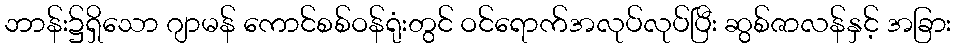
ဘာန်း၌ရှိသော ဂျာမန် ကောင်စစ်ဝန်ရုံးတွင် ဝင်ရောက်အလုပ်လုပ်ပြီး ဆွစ်ဇာလန်နှင့် အခြား